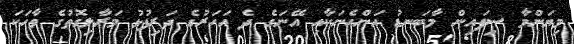
މިޔަންމާ ސިފައިން މާބަނޑު އަންހެނަކާއި އޭނަގެ ދެ އަހަރުގެ ދަރިފުޅު މަރާލިގޮތުގެ ވާހަކަ